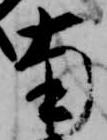
南